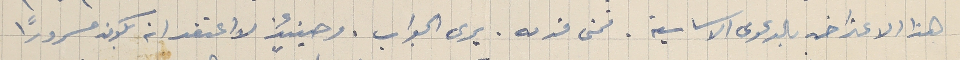
هذا الاعتراض بالدعوى الاساسية. فمتى قدمه. يرى الجواب. وحينيئذ لا اعتقد انه يكون مسرورًا